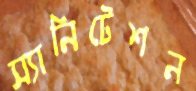
স্যানিটেশন